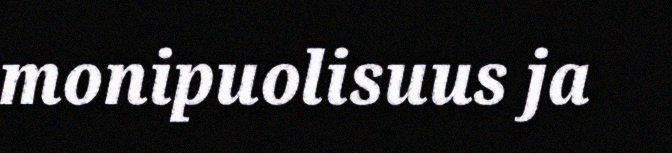
monipuolisuus ja